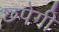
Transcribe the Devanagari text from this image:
छपेगी